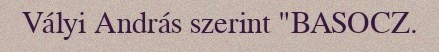
Vályi András szerint "BASOCZ.